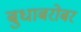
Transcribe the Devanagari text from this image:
बुधाबरोबर